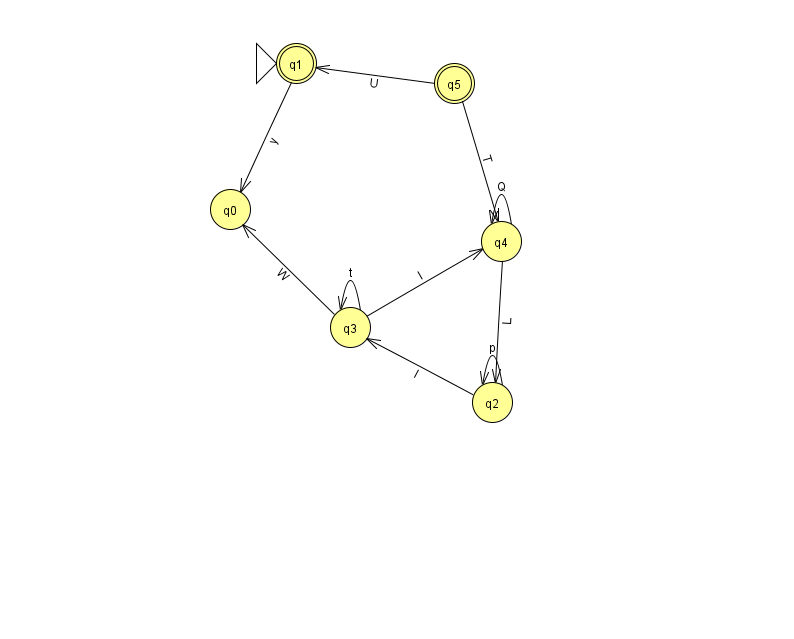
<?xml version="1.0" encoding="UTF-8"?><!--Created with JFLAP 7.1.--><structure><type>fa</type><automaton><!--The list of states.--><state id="0" name="q0"><x>230.0</x><y>196.0</y></state><state id="1" name="q1"><x>296.0</x><y>50.0</y><initial/><final/></state><state id="2" name="q2"><x>492.0</x><y>389.0</y></state><state id="3" name="q3"><x>350.0</x><y>314.0</y></state><state id="4" name="q4"><x>501.0</x><y>228.0</y></state><state id="5" name="q5"><x>454.0</x><y>70.0</y><final/></state><!--The list of transitions.--><transition><from>2</from><to>2</to><read>p</read></transition><transition><from>4</from><to>4</to><read>Q</read></transition><transition><from>3</from><to>0</to><read>W</read></transition><transition><from>3</from><to>3</to><read>t</read></transition><transition><from>5</from><to>1</to><read>U</read></transition><transition><from>5</from><to>4</to><read>T</read></transition><transition><from>1</from><to>0</to><read>y</read></transition><transition><from>4</from><to>2</to><read>L</read></transition><transition><from>2</from><to>3</to><read>I</read></transition><transition><from>3</from><to>4</to><read>I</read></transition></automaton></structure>